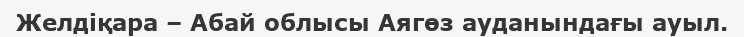
Желдіқара – Абай облысы Аягөз ауданындағы ауыл.